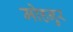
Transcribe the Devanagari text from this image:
मोहनुर